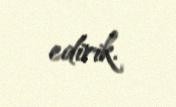
edirik.